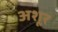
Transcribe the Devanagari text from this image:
अशूर